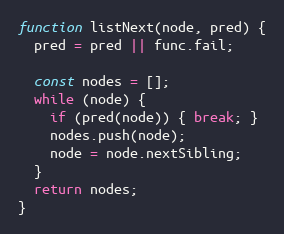
Language: JavaScript
function listNext(node, pred) {
  pred = pred || func.fail;

  const nodes = [];
  while (node) {
    if (pred(node)) { break; }
    nodes.push(node);
    node = node.nextSibling;
  }
  return nodes;
}